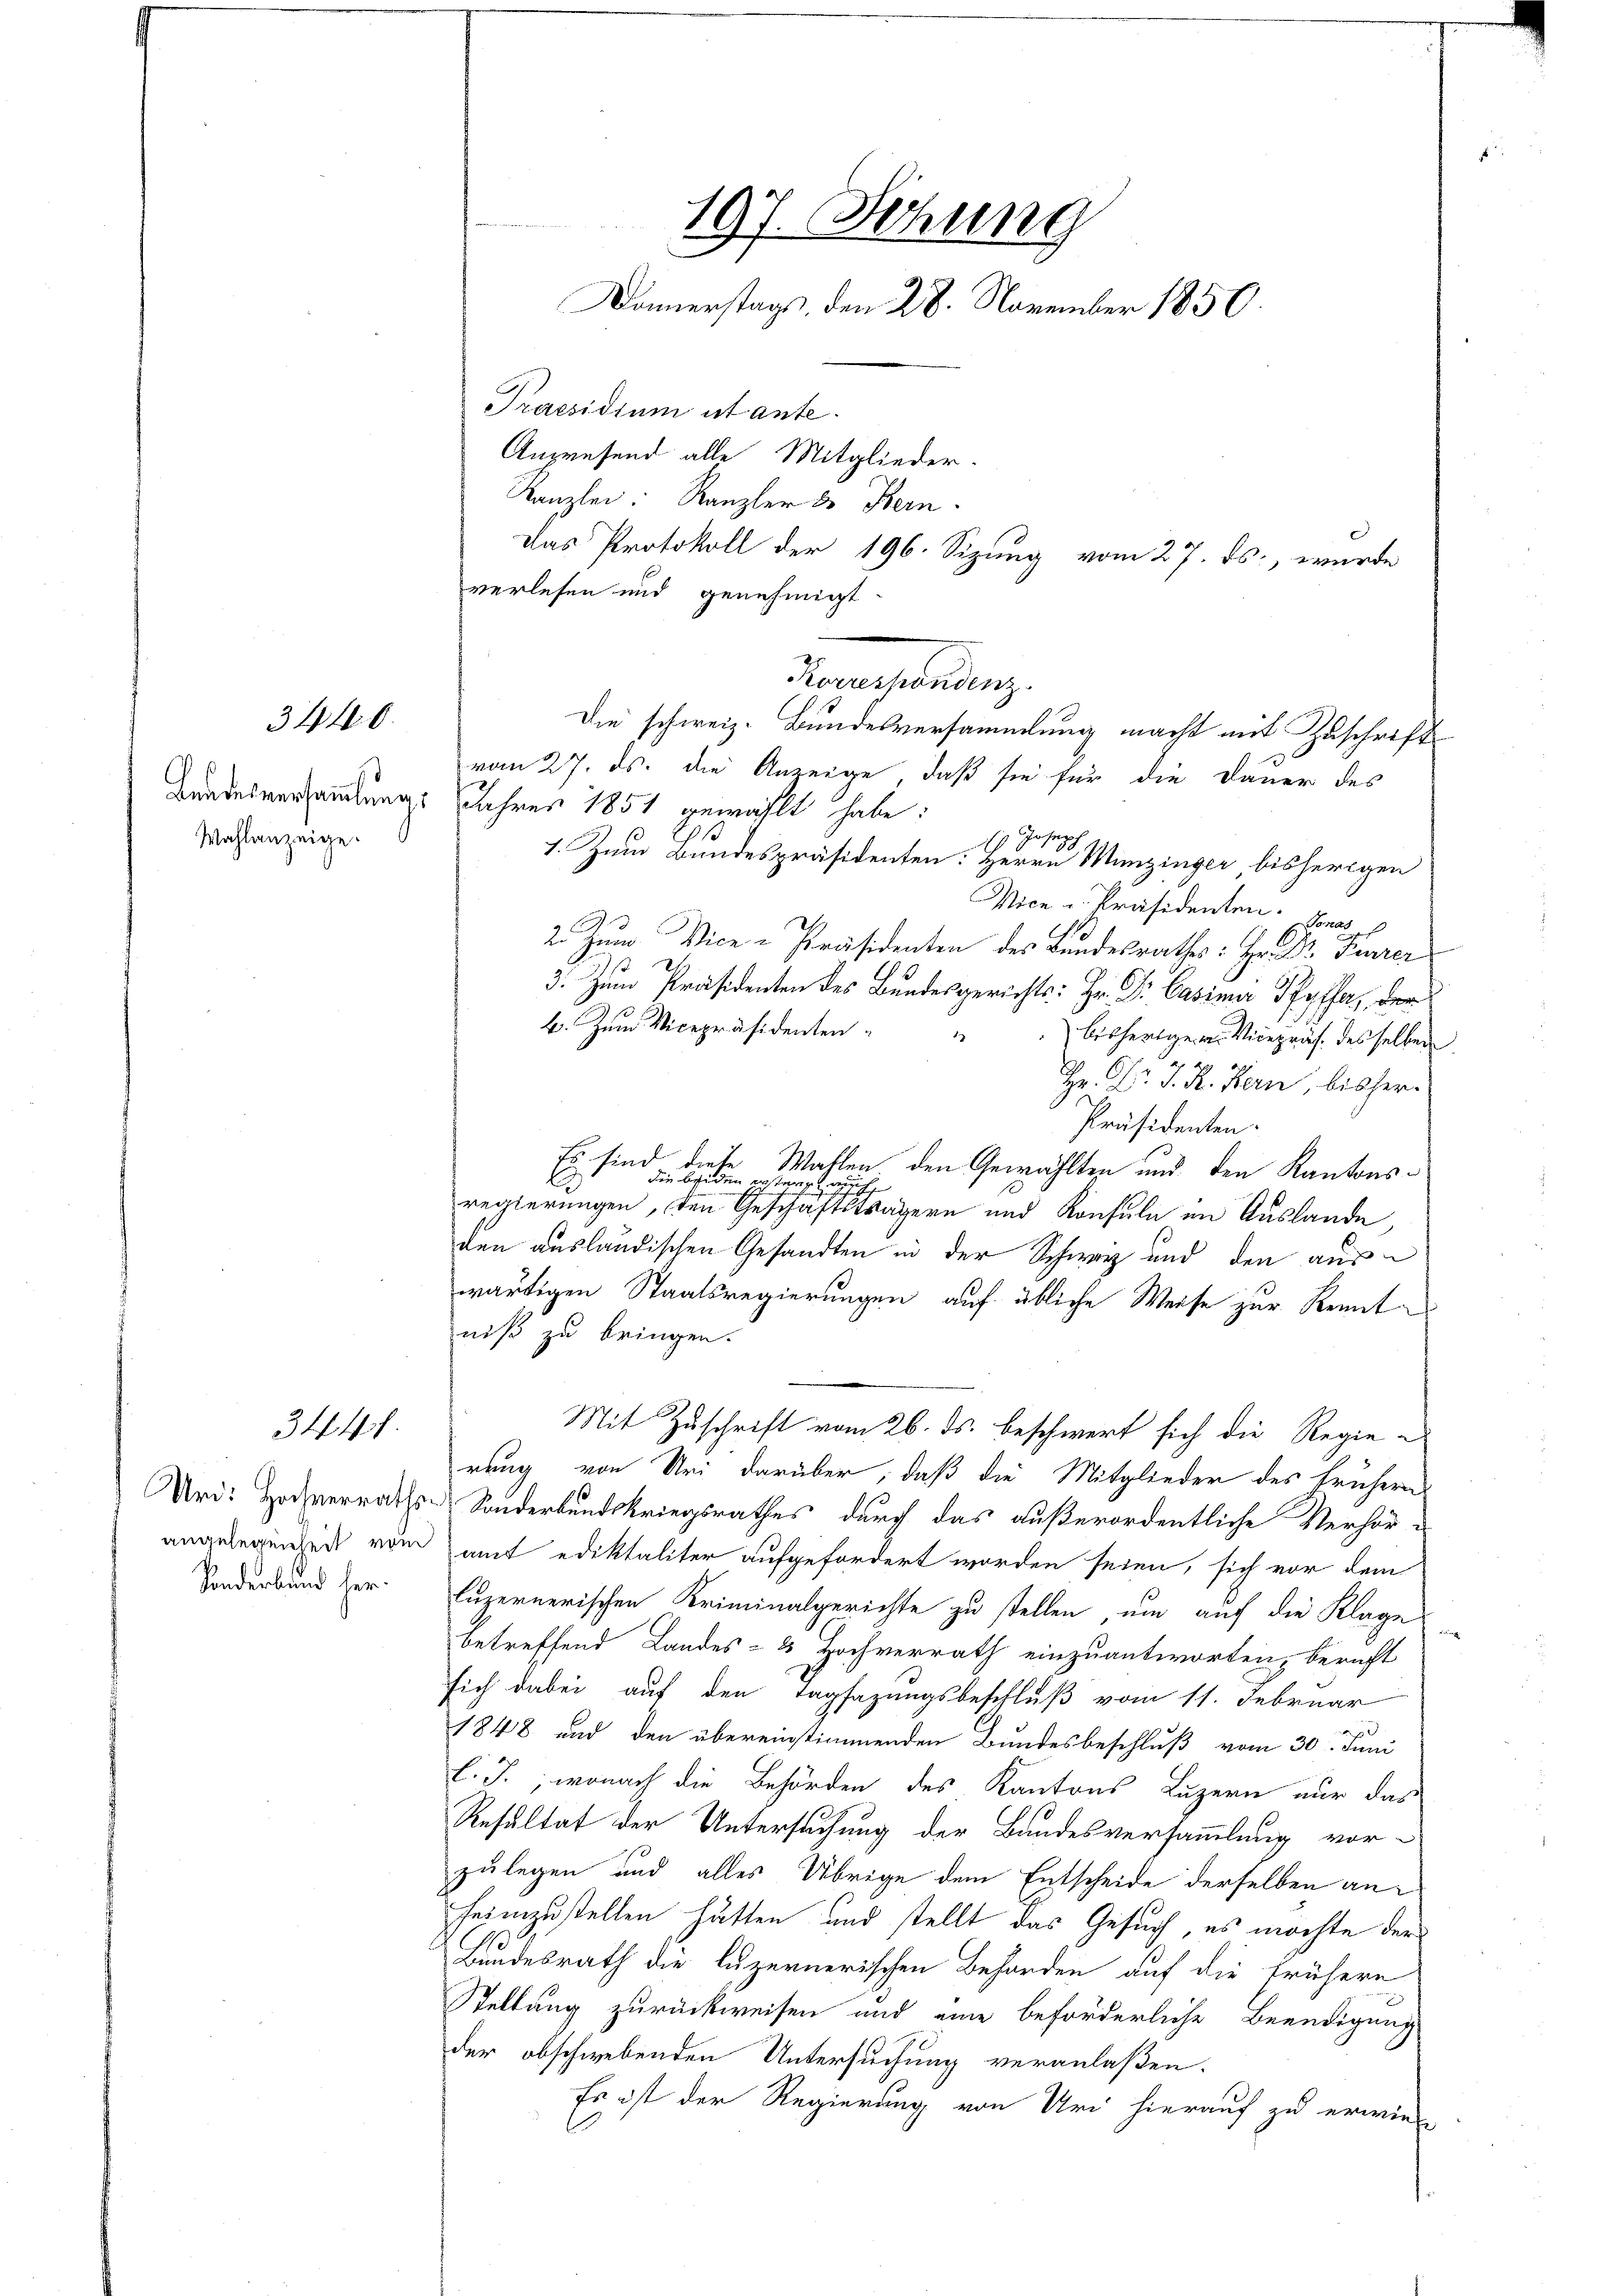
3440.

Bandesversammlung:
Wahlanzeige.

Urd: Hochverrathsangelegenheit vom
Sonderband her¬

197. Sitzung
Donnerstags, den 28. November 1850.
Praesidium et ante¬
Anzwesend alle Mitglieder-
Kanzlei: Kanzler & Bern.
Das Protokoll der 196. Sizung vom 27. ds., wurde

verlesen und genehmigt.
onmenstalten,
Die schweiz. Bundesversammlung macht mit Zuschrift
vom 27. ds. die Anzeige, daß sie für die Dauer des
Jahres 1851 gewählt habe:
 Joseph
1. Zum Bundespräsidenten: Herrn Munzinger bisherigen
Mice u. Präsidenten. Vonas
2. Zum Vice-Präsidenten des Bundesrathes: Hr. Dr. Feurer
3. Zum Präsidenten des Bundesgerichts: Hr. Dr. Casima Pfyffa, der
b. Zum Vicepräsidenten
bisfertige der Vicepräs. des selben
Hr. Dr. J. R. Bern, bisher.
Präsidenten.
Es sein
diese Wahlen den Gewählten und den Kantonsdie beiden ersten auch
regierungen, den Geschäftsträgern und Konsuln im Auslande
den ausländischen Gesandten in der Schwarz und den auswärtigen Staatsregierungen auf übliche Weise zur Renntniß zu bringen.
Mit Zuschrift vom 26. ds. beschwert sich die Regierung von Uri darüber, daß die Mitglieder des frühern
Sonderbundskriegsrathes durch das außerordentliche Verhör-
amt ediktaliter aufgefordert worden seien, sich vor dem
luzernerischen Kriminalgerichte zu stellen, um auf die Klage
betreffend Landes- & Hochverrath einzuantworten, bericht
sich dabei auf den Tagsazungsbeschluß vom 11. Februar
1848 und den übereinstimmenden Bundesbeschluß vom 30. Juni
l. J., wonach die Behörden des Kantons Luzern nur das
Resultat der Untersuchung der Bandesversammlung vor-
zulegen und alles Übrige dem Entscheide derselben anheimzustellen hätten und stellt das Gesuch, es möchte der
Bundesrath die luzernerischen Behörden auf die frühere
Stellung zurückweisen und eine beförderliche Beendigung
der obschwebenden Untersuchung veranlaßen.
Es ist der Regierung von Uri hierauf zu erwie¬